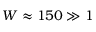
W \approx 1 5 0 \gg 1